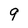
Character: 9